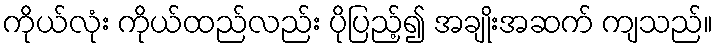
ကိုယ်လုံး ကိုယ်ထည်လည်း ပိုပြည့်၍ အချိုးအဆက် ကျသည်။